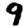
Digit: 9